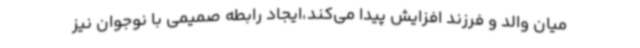
میان والد و فرزند افزایش پیدا می‌کند،ایجاد رابطه صمیمی با نوجوان نیز